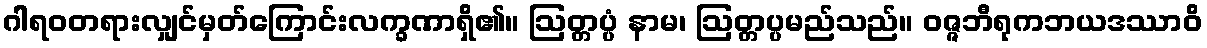
ဂါရဝတရားလျှင်မှတ်ကြောင်းလက္ခဏာရှိ၏။ ဩတ္တပ္ပံ နာမ၊ ဩတ္တပ္ပမည်သည်။ ဝဇ္ဇဘီရုကဘယဒဿာဝိ